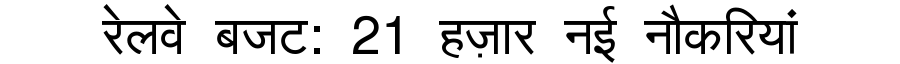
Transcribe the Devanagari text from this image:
रेलवे बजट: 21 हज़ार नई नौकरियां